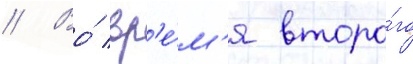
// Во́ вр'е́м'я второ́го